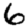
Digit: 6